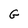
Character: G